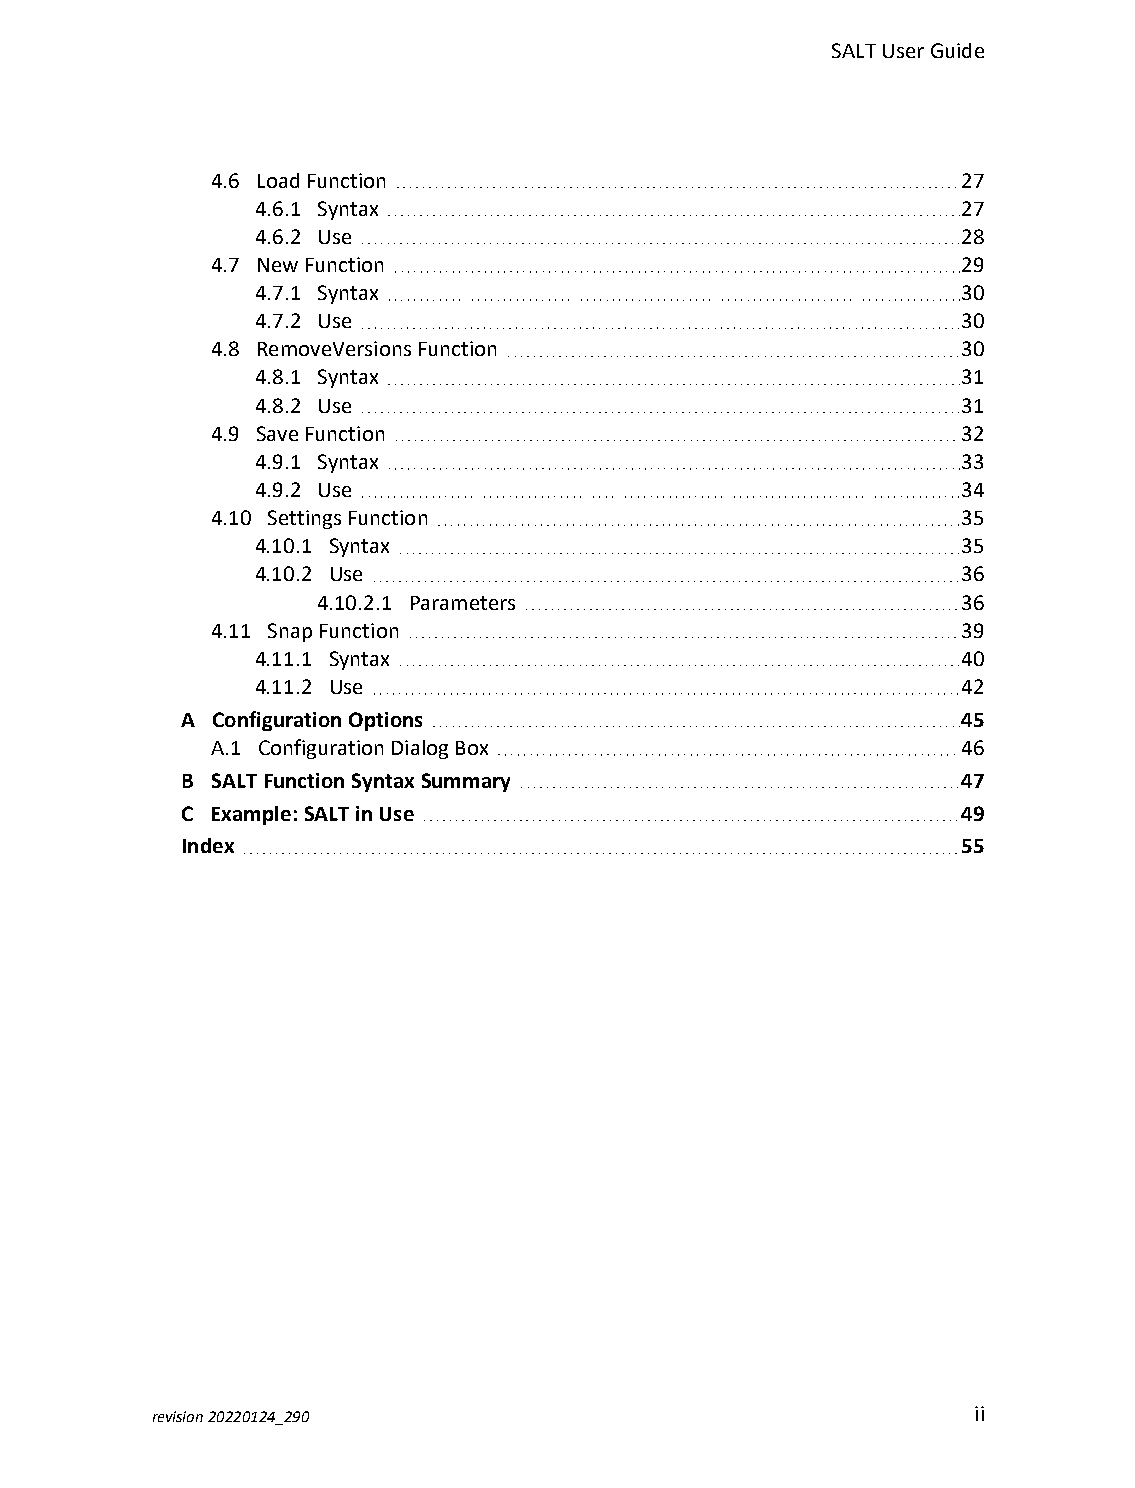
SALTUserGuide
 4.6 LoadFunction                                  27
 4.6.1 Syntax                                   27
 4.6.2 Use                                      28
 4.7 NewFunction                                   29
 4.7.1 Syntax                                   30
 4.7.2 Use                                      30
 4.8 RemoveVersionsFunction                        30
 4.8.1 Syntax                                   31
 4.8.2 Use                                      31
 4.9 SaveFunction                                  32
 4.9.1 Syntax                                   33
 4.9.2 Use                                      34
 4.10 SettingsFunction                             35
 4.10.1 Syntax                                  35
 4.10.2 Use                                     36
 4.10.2.1 Parameters                        36
 4.11 SnapFunction                                 39
 4.11.1 Syntax                                  40
 4.11.2 Use                                     42
 A ConfigurationOptions                              45
 A.1 ConfigurationDialogBox                        46
 B SALTFunctionSyntaxSummary                         47
 C Example:SALTinUse                                 49
 Index                                               55
 revision20220124_290                                  ii